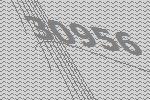
30956